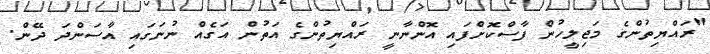
"ރައްޔިތުންގެ މަޖިލީހުން ފާސްކޮށްފައި އޮންނާނީ ރައްޔިތުންގެ އަތުން އަގެއް ނުނަގައި އާސަންދަ ދޭން.